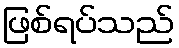
ဖြစ်ရပ်သည်